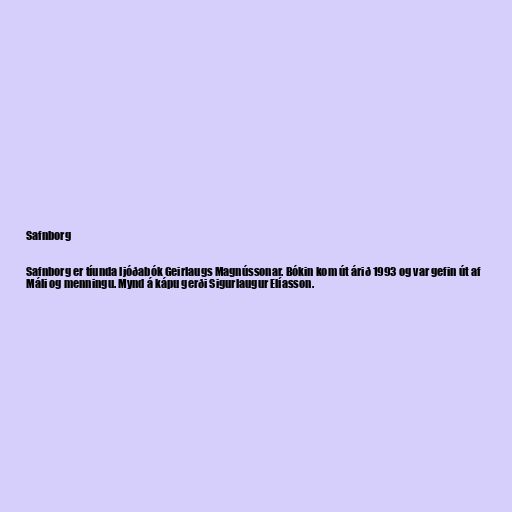
Safnborg

Safnborg er tíunda ljóðabók Geirlaugs Magnússonar. Bókin kom út árið 1993 og var gefin út af
Máli og menningu. Mynd á kápu gerði Sigurlaugur Elíasson.